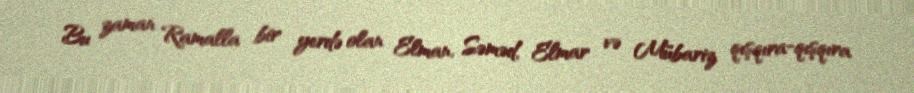
Bu zaman Ramalla bir yerdə olan Elman, Səməd, Elmar və Mübariz qışqıra-qışqıra